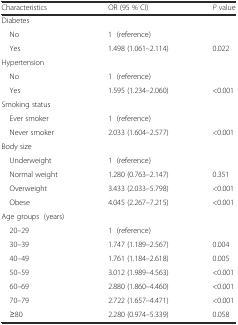
<table><thead><tr><td><b>Characteristics</b></td><td><b>OR (95 % CI)</b></td><td><b><i>P</i> value</b></td></tr></thead><tbody><tr><td>Diabetes</td><td></td><td></td></tr><tr><td> No</td><td>1 (reference)</td><td></td></tr><tr><td> Yes</td><td>1.498 (1.061–2.114)</td><td>0.022</td></tr><tr><td>Hypertension</td><td></td><td></td></tr><tr><td> No</td><td>1 (reference)</td><td></td></tr><tr><td> Yes</td><td>1.595 (1.234–2.060)</td><td>&lt;0.001</td></tr><tr><td>Smoking status</td><td></td><td></td></tr><tr><td> Ever smoker</td><td>1 (reference)</td><td></td></tr><tr><td> Never smoker</td><td>2.033 (1.604–2.577)</td><td>&lt;0.001</td></tr><tr><td>Body size</td><td></td><td></td></tr><tr><td> Underweight</td><td>1 (reference)</td><td></td></tr><tr><td> Normal weight</td><td>1.280 (0.763–2.147)</td><td>0.351</td></tr><tr><td> Overweight</td><td>3.433 (2.033–5.798)</td><td>&lt;0.001</td></tr><tr><td> Obese</td><td>4.045 (2.267–7.215)</td><td>&lt;0.001</td></tr><tr><td>Age groups (years)</td><td></td><td></td></tr><tr><td> 20–29</td><td>1 (reference)</td><td></td></tr><tr><td> 30–39</td><td>1.747 (1.189–2.567)</td><td>0.004</td></tr><tr><td> 40–49</td><td>1.761 (1.184–2.618)</td><td>0.005</td></tr><tr><td> 50–59</td><td>3.012 (1.989–4.563)</td><td>&lt;0.001</td></tr><tr><td> 60–69</td><td>2.880 (1.860–4.460)</td><td>&lt;0.001</td></tr><tr><td> 70–79</td><td>2.722 (1.657–4.471)</td><td>&lt;0.001</td></tr><tr><td> ≥80</td><td>2.280 (0.974–5.339)</td><td>0.058</td></tr></tbody></table>